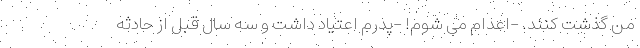
من گذشت کنند. -اعدام می شوم! -پدرم اعتیاد داشت و سه سال قبل از حادثه